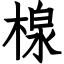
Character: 楾